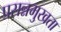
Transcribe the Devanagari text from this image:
प्रसन्नमुखता